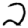
Digit: 2